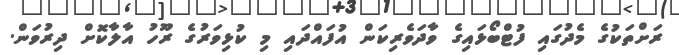
ރަށްތަކުގެ މެދުގައި ފުޓްބޯޅައިގެ ވާދަވެރިކަން އުފައްދައި މި ކުޅިވަރުގެ ރޫހު އާލާކޮށް ދިރުވަން.